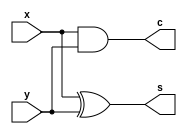
module ha1(x,y,s,c);

input x,y;
output s,c;

xor sum(s,x,y);
and carry(c,x,y);

endmodule